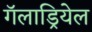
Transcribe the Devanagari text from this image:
गॅलाड्रियेल